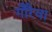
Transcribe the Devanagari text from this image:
गौरैवा